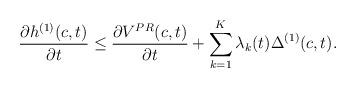
LaTeX: \begin{align*}\frac{\partial h^{(1)}(c,t)}{\partial t} \leq \frac{\partial V^{PR}(c,t)}{\partial t} + \sum_{k=1}^K \lambda_k(t) \Delta^{(1)}(c,t). \end{align*}